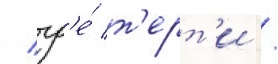
/ гд'е́ т'ерт'и /